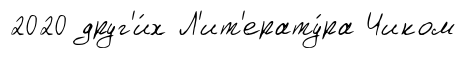
2020 друг'и́х Л'ит'ерату́ра Чиком